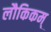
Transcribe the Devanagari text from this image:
लौकिकम्